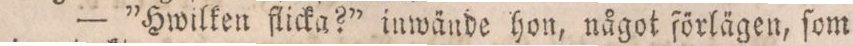
— ”Hwilken flicka?” inwände hon, något förlägen, ſom